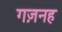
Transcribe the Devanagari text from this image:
गज़नह